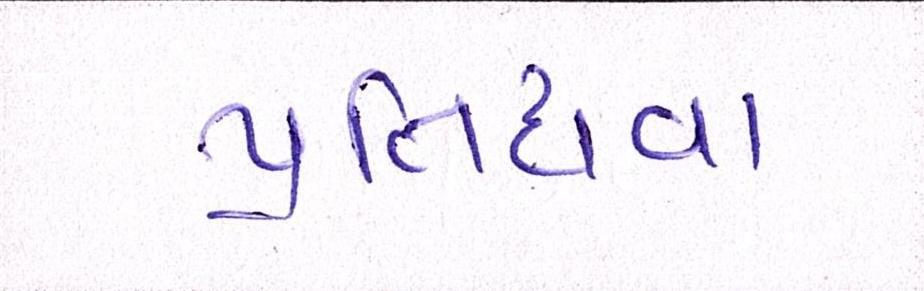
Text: પ્રતિદાવા